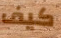
كيف